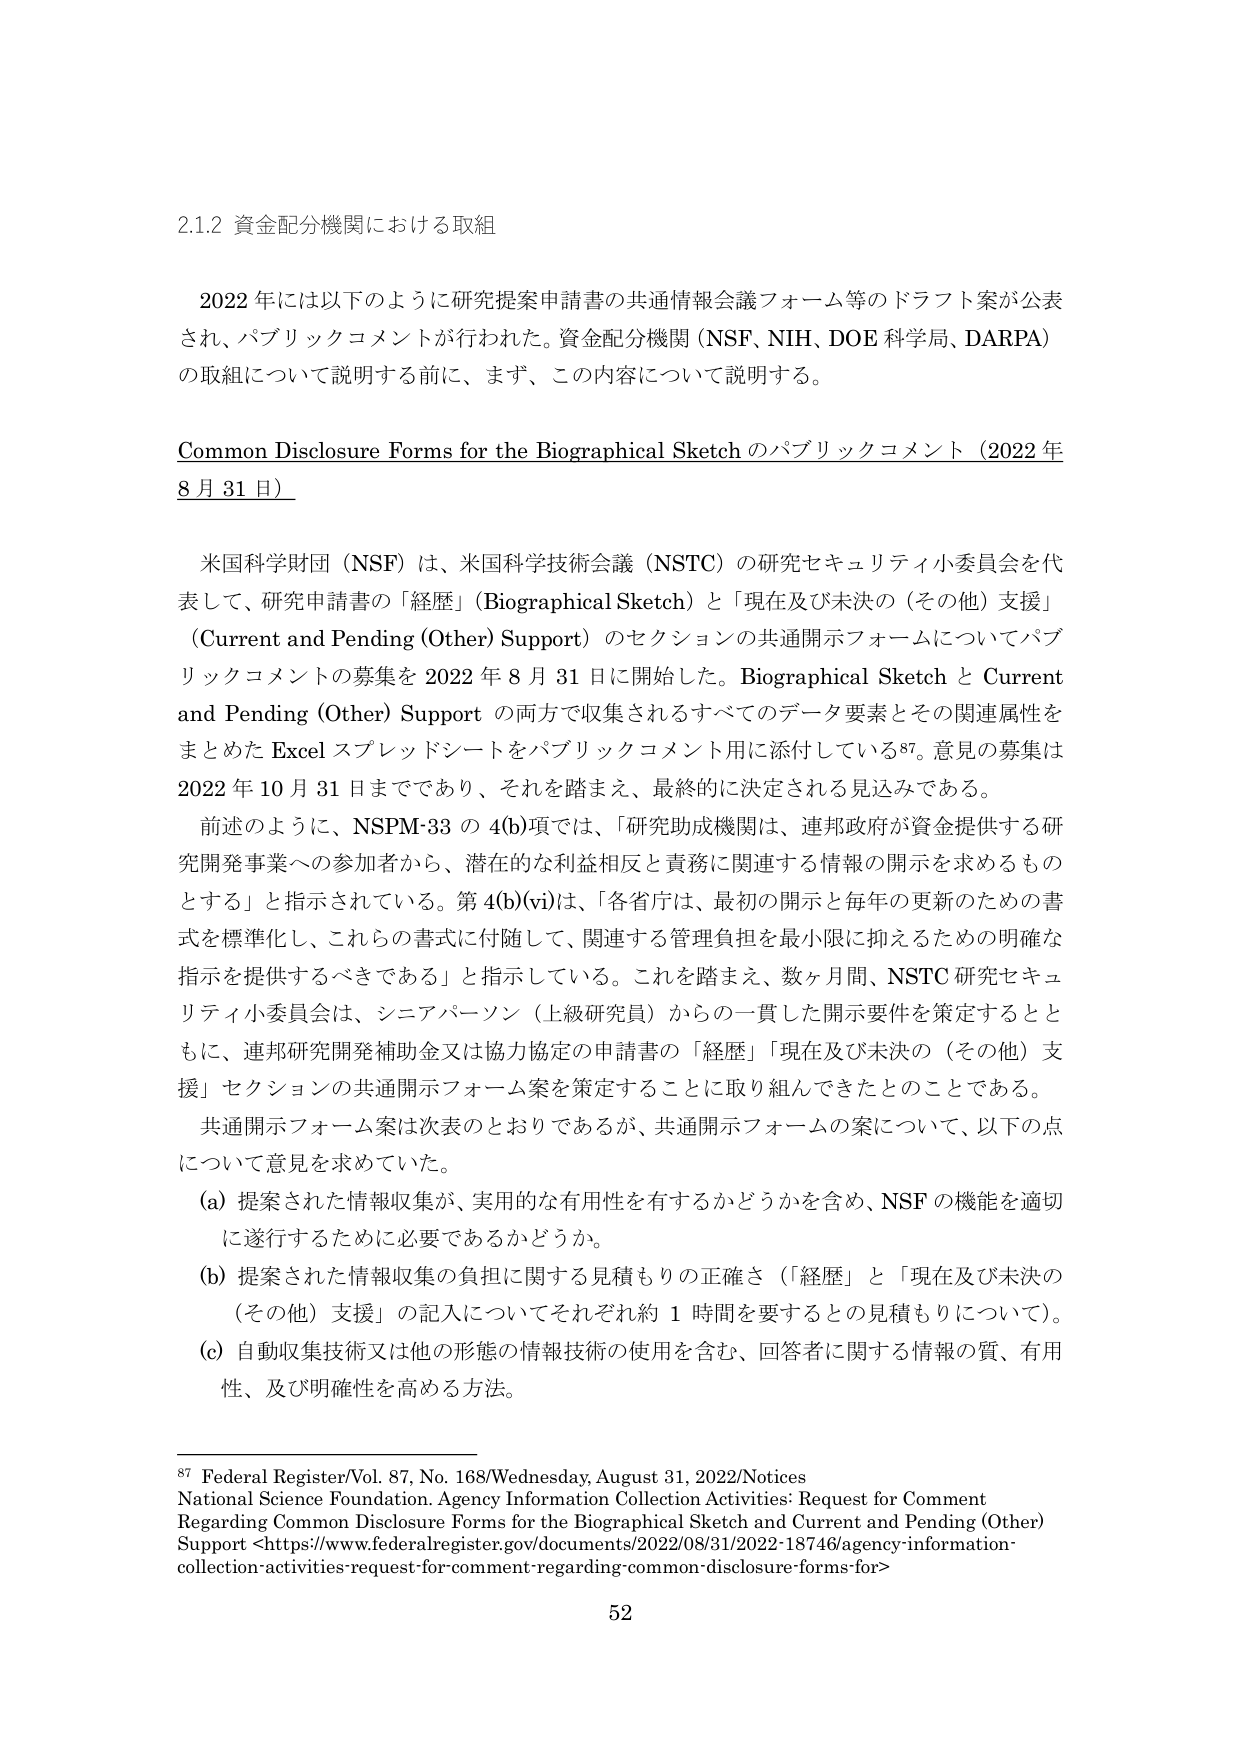
2.1.2 資金配分機関における取組

2022 年には以下のように研究提案申請書の共通情報会議フォーム等のドラフト案が公表され、パブリックコメントが行われた。資金配分機関（NSF、NIH、DOE 科学局、DARPA）の取組について説明する前に、まず、この内容について説明する。

Common Disclosure Forms for the Biographical Sketch のパブリックコメント（2022 年 8 月 31 日）

米国科学財団（NSF）は、米国科学技術会議（NSTC）の研究セキュリティ小委員会を代表して、研究申請書の「経歴」（Biographical Sketch）と「現在及び未決の（その他）支援」（Current and Pending (Other) Support）のセクションの共通開示フォームについてパブリックコメントの募集を 2022 年 8 月 31 日に開始した。Biographical Sketch と Current and Pending (Other) Support の両方で収集されるすべてのデータ要素とその関連属性をまとめた Excel スプレッドシートをパブリックコメント用に添付している87。意見の募集は 2022 年 10 月 31 日までであり、それを踏まえ、最終的に決定される見込みである。

前述のように、NSPM-33 の 4(b)項では、「研究助成機関は、連邦政府が資金提供する研究開発事業への参加者から、潜在的な利益相反と責務に関連する情報の開示を求めるものとする」と指示されている。第 4(b)(vi)は、「各省庁は、最初の開示と毎年の更新のための書式を標準化し、これらの書式に付随して、関連する管理負担を最小限に抑えるための明確な指示を提供するべきである」と指示している。これを踏まえ、数ヶ月間、NSTC 研究セキュリティ小委員会は、シニアパーソン（上級研究員）からの一貫した開示要件を策定するとともに、連邦研究開発補助金又は協力協定の申請書の「経歴」「現在及び未決の（その他）支援」セクションの共通開示フォーム案を策定することに取り組んできたとのことである。

共通開示フォーム案は次表のとおりであるが、共通開示フォームの案について、以下の点について意見を求めていた。

(a) 提案された情報収集が、実用的な有用性を有するかどうかを含め、NSF の機能を適切に遂行するために必要であるかどうか。

(b) 提案された情報収集の負担に関する見積もりの正確さ（「経歴」と「現在及び未決の（その他）支援」の記入についてそれぞれ約 1 時間を要するとの見積もりについて）。

(c) 自動収集技術又は他の形態の情報技術の使用を含む、回答者に関する情報の質、有用性、及び明確性を高める方法。

87 Federal Register/Vol. 87, No. 168/Wednesday, August 31, 2022/Notices
National Science Foundation. Agency Information Collection Activities: Request for Comment
Regarding Common Disclosure Forms for the Biographical Sketch and Current and Pending (Other)
Support <https://www.federalregister.gov/documents/2022/08/31/2022-18746/agency-information-collection-activities-request-for-comment-regarding-common-disclosure-forms-for>

52